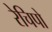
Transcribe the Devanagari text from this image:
रेचिपो